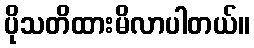
ပိုသတိထားမိလာပါတယ်။